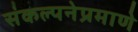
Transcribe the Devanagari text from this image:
संकल्पनेप्रमाणे